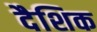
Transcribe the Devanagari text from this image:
दैशिक